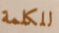
للكلمة